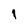
Character: 1